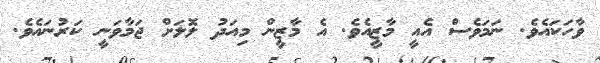
ވާހަކައެވެ. ނަމަވެސް އެއީ މާޒީއެވެ. އެ މާޒީން މިއަދު ލޮލަށް ޖަމާވަނީ ކަރުނައެވެ.